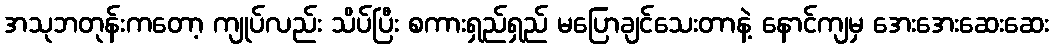
အသုဘတုန်းကတော့ ကျုပ်လည်း သိပ်ပြီး စကားရှည်ရှည် မပြောချင်သေးတာနဲ့ နောင်ကျမှ အေးအေးဆေးဆေး